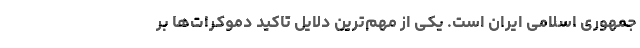
جمهوری اسلامی ایران است. یکی از مهم‌ترین دلایل تاکید دموکرات‌ها بر